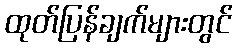
ထုတ်ပြန်ချက်များတွင်